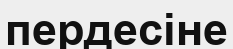
пердесіне